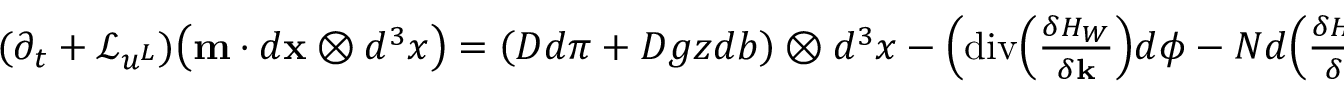
\begin{array} { r } { ( \partial _ { t } + \mathcal { L } _ { u ^ { L } } ) \big ( \mathbf { m } \cdot d { \mathbf { x } } \otimes d ^ { 3 } x \big ) = \left( D d \pi + D g z d b \right) \otimes d ^ { 3 } x - \left( \mathrm { d i v } \Big ( \frac { \delta H _ { W } } { \delta { \mathbf { k } } } \Big ) d \phi - N d \Big ( \frac { \delta H _ { W } } { \delta N } \Big ) \right) \otimes d ^ { 3 } x } \end{array}